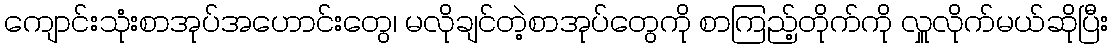
ကျောင်းသုံးစာအုပ်အဟောင်းတွေ၊ မလိုချင်တဲ့စာအုပ်တွေကို စာကြည့်တိုက်ကို လှူလိုက်မယ်ဆိုပြီး